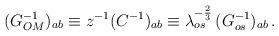
LaTeX: \begin{align*}(G^{-1}_{OM})_{ab} \equiv z^{-1} (C^{-1})_{ab} \equiv \lambda_{os}^{-{2\over3}} \, (G^{-1}_{os})_{ab} \, .\end{align*}